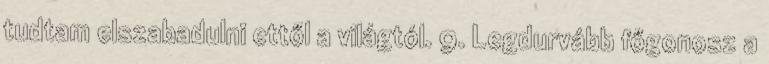
tudtam elszabadulni ettől a világtól. 9. Legdurvább főgonosz a